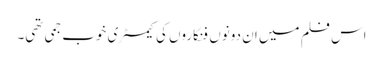
اس فلم میں ان دونوں فنکاروں کی کیمسٹری خوب جمی تھی۔